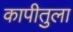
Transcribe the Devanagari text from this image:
कापीतुला